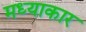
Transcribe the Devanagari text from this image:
मध्याकार